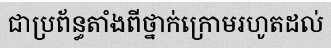
ជាប្រព័ន្ធតាំងពីថ្នាក់ក្រោមរហូតដល់